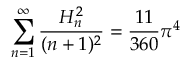
\sum _ { n = 1 } ^ { \infty } { \frac { H _ { n } ^ { 2 } } { ( n + 1 ) ^ { 2 } } } = { \frac { 1 1 } { 3 6 0 } } \pi ^ { 4 }